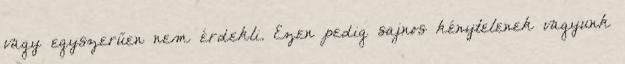
vagy egyszerűen nem érdekli. Ezen pedig sajnos kénytelenek vagyunk